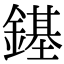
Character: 䥓